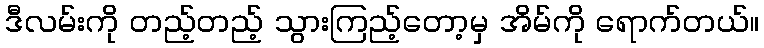
ဒီလမ်းကို တည့်တည့် သွားကြည့်တော့မှ အိမ်ကို ရောက်တယ်။